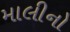
માલીનો